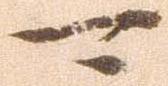
可